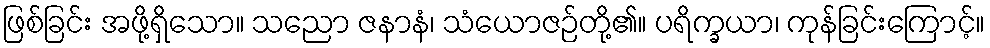
ဖြစ်ခြင်း အဖို့ရှိသော။ သညော ဇနာနံ၊ သံယောဇဉ်တို့၏။ ပရိက္ခယာ၊ ကုန်ခြင်းကြောင့်။